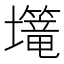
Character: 𱘗